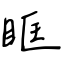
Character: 眶